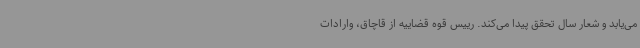
می‌یابد و شعار سال تحقق پیدا می‌کند. رییس قوه قضاییه از قاچاق، وارادات